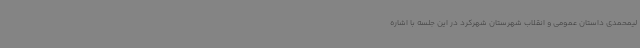
لیمحمدی داستان عمومی و انقلاب شهرستان شهرکرد در این جلسه با اشاره